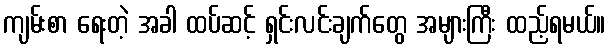
ကျမ်းစာ ရေးတဲ့ အခါ ထပ်ဆင့် ရှင်းလင်းချက်တွေ အများကြီး ထည့်ရမယ်။